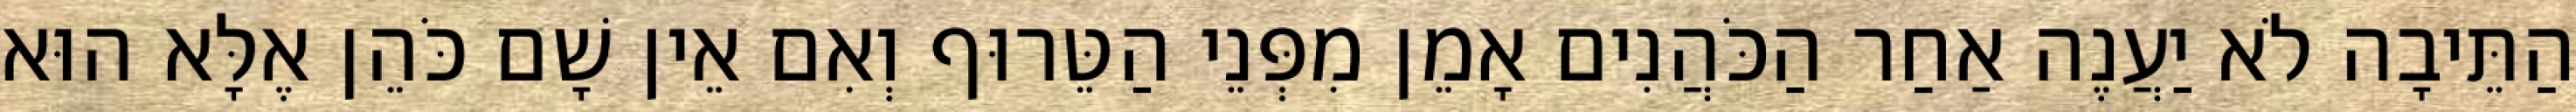
הַתֵּיבָה לֹא יַעֲנֶה אַחַר הַכֹּהֲנִים אָמֵן מִפְּנֵי הַטֵּרוּף וְאִם אֵין שָׁם כֹּהֵן אֶלָּא הוּא